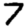
Digit: 7